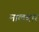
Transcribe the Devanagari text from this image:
मालबार